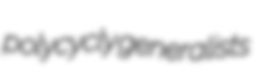
polycycly generalists